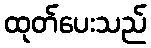
ထုတ်ပေးသည်